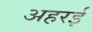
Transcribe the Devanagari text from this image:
अहरई